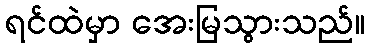
ရင်ထဲမှာ အေးမြသွားသည်။